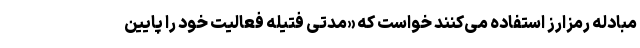
مبادله رمزارز استفاده می‌كنند خواست كه «مدتی فتيله فعاليت خود را پايين